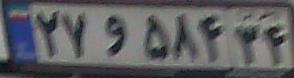
۲۷و۵۸۴۳۴